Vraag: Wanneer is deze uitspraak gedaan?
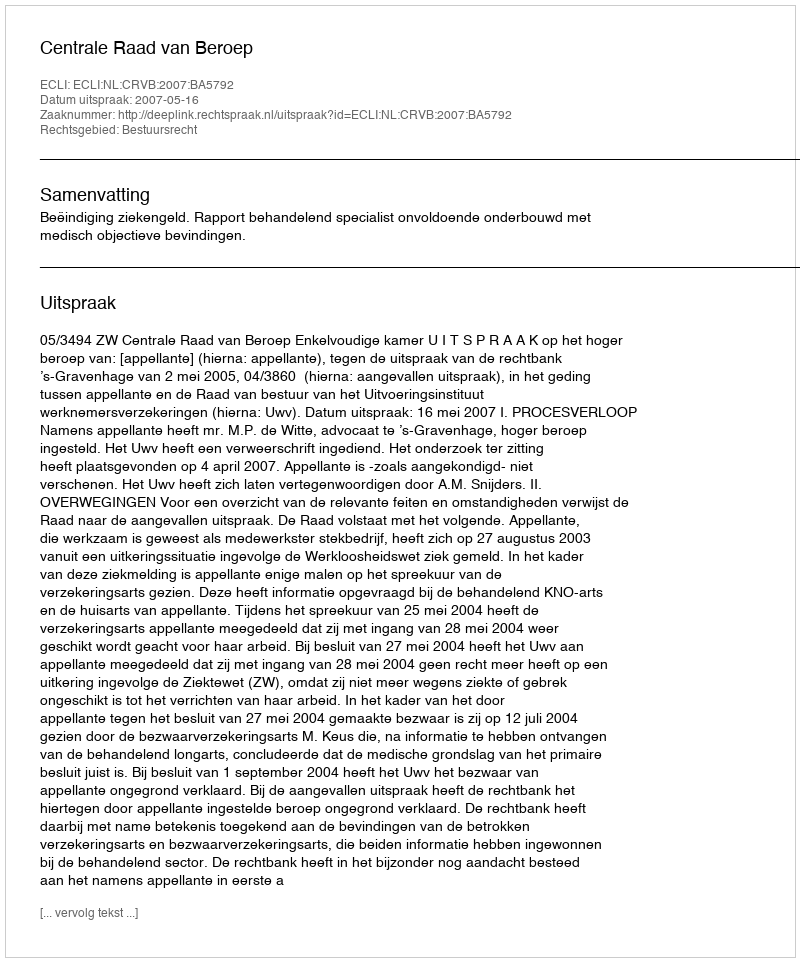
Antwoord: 2007-05-16